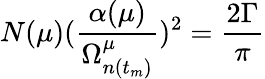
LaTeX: N(\mu)(\frac{\alpha(\mu)}{\Omega_{n(t_{m})}^{\mu}})^{2}=\frac{2\Gamma}{\pi}